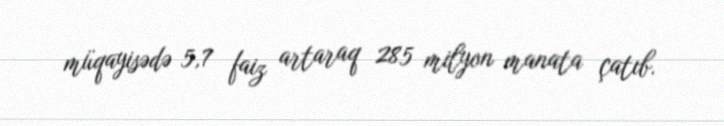
müqayisədə 5,7 faiz artaraq 285 milyon manata çatıb.